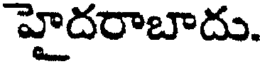
హైదరాబాదు.